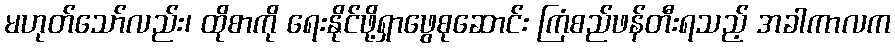
မဟုတ်သော်လည်း၊ ထိုစာကို ရေးနိုင်ဖို့ရှာဖွေစုဆောင်း ကြံစည်ဖန်တီးရသည့် အခါကာလက